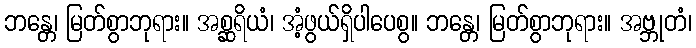
ဘန္တေ၊ မြတ်စွာဘုရား။ အစ္ဆရိယံ၊ အံ့ဖွယ်ရှိပါပေစွ။ ဘန္တေ၊ မြတ်စွာဘုရား။ အဗ္ဘုတံ၊